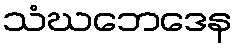
သံဃဘေဒေန